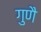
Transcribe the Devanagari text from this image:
गुणै